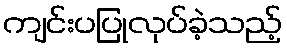
ကျင်းပပြုလုပ်ခဲ့သည့်